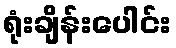
ရုံးချိန်းပေါင်း